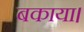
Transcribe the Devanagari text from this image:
बकाया।